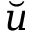
\breve { u }